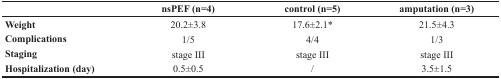
<table><thead><tr><td></td><td><b>nsPEF (n=4)</b></td><td><b>control (n=5)</b></td><td><b>amputation (n=3)</b></td></tr></thead><tbody><tr><td><b>Weight</b></td><td>20.2±3.8</td><td>17.6±2.1*</td><td>21.5±4.3</td></tr><tr><td><b>Complications</b></td><td>1/5</td><td>4/4</td><td>1/3</td></tr><tr><td><b>Staging</b></td><td>stage III</td><td>stage III</td><td>stage III</td></tr><tr><td><b>Hospitalization (day)</b></td><td>0.5±0.5</td><td>/</td><td>3.5±1.5</td></tr></tbody></table>